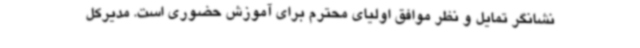
نشانگر تمایل و نظر موافق اولیای محترم برای آموزش حضوری است. مدیرکل